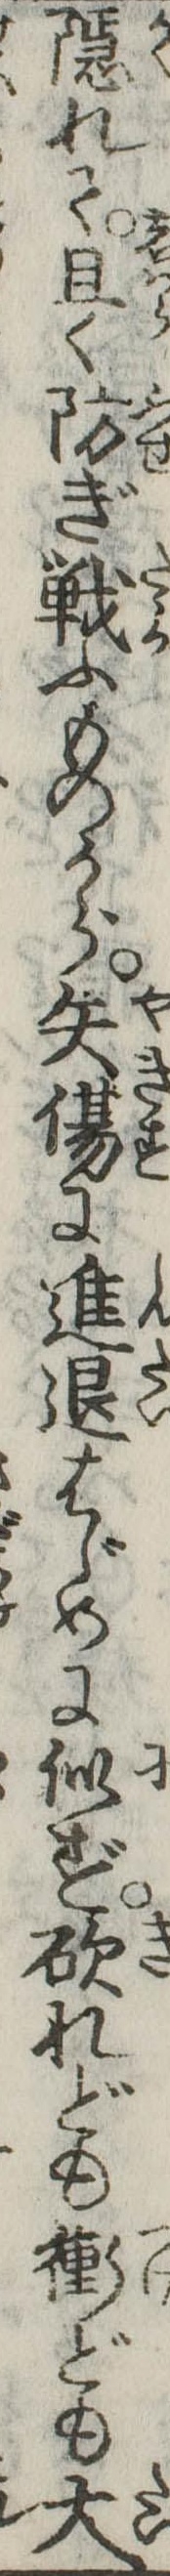
隠れて且く防ぎ戦ふものから矢傷に進退はじめに似ず砍れども衝ども大